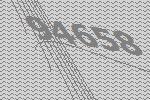
94658